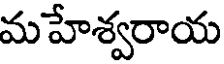
మహేశ్వరాయ